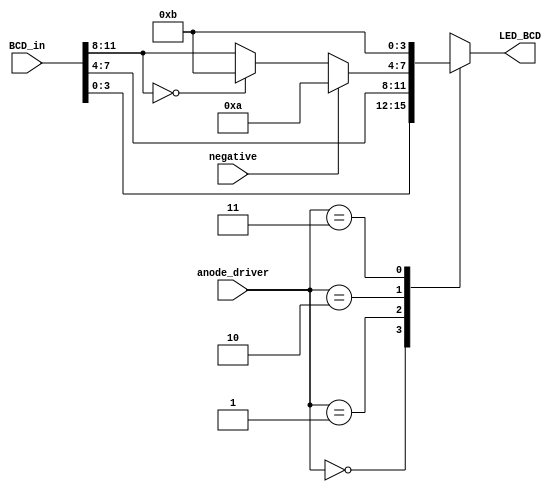
module cathode_driver(
    input [1:0] anode_driver,
    input negative,
    input [11:0] BCD_in,
    output reg [3:0] LED_BCD
    );
    
    
    always @(*)
    begin
        case(anode_driver)  //sets the output to the seven segment display to be one of three decimal digits from the BCD conversion.
            2'b00: LED_BCD = BCD_in[3:0];
            2'b01: LED_BCD = BCD_in[7:4];
            2'b10: 
            begin
                if (negative == 1) //set the third seven segment display to a negative sign if the result of the calculation is negative
                    LED_BCD = 4'b1010;
                else if (BCD_in[11:8] == 0)
                    LED_BCD = 4'b1011;
                else
                    LED_BCD = BCD_in[11:8];
            end
            2'b11: LED_BCD = 4'b1011; //The largest possible result is 961, so only three digits are needed. The fourth will always be off.

        endcase
    end
    
    
    
endmodule